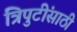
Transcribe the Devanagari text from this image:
त्रिपुटींसाठी